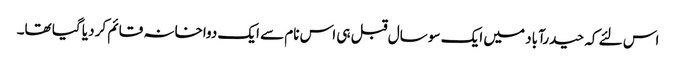
اس لئے کہ حیدرآباد میں ایک سو سال قبل ہی اس نام سے ایک دواخانہ قائم کر دیا گیا تھا۔